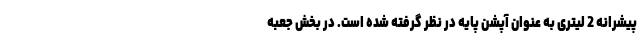
پیشرانه 2 لیتری به عنوان آپشن پایه در نظر گرفته شده است. در بخش جعبه